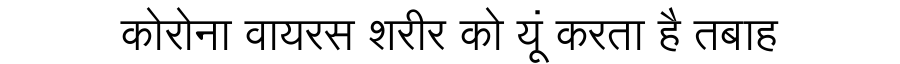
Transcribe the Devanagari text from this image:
कोरोना वायरस शरीर को यूं करता है तबाह